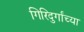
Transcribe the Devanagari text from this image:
गिरिदुर्गांच्या